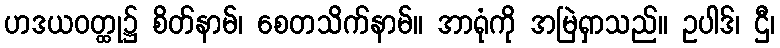
ဟဒယဝတ္ထု၌ စိတ်နာမ်၊ စေတသိက်နာမ်။ အာရုံကို အမြဲရှာသည်။ ဥပါဒ်၊ ဌီ၊